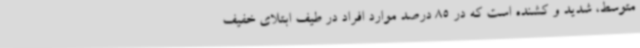
متوسط، شدید و کشنده است که در 85 درصد موارد افراد در طیف ابتلای خفیف